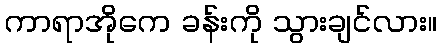
ကာရာအိုကေ ခန်းကို သွားချင်လား။